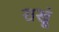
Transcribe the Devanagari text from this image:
राखूं